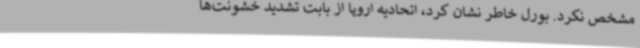
مشخص نکرد. بورل خاطر نشان کرد، اتحادیه اروپا از بابت تشدید خشونت‌ها